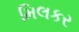
મિલકર